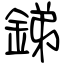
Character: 銻